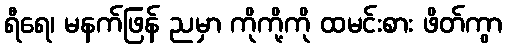
ရီရေ၊ မနက်ဖြန် ညမှာ ကိုကို့ကို ထမင်းစား ဖိတ်ကွာ